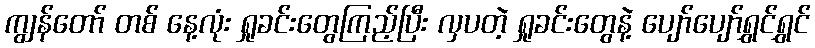
ကျွန်တော် တစ် နေ့လုံး ရှုခင်းတွေကြည့်ပြီး လှပတဲ့ ရှုခင်းတွေနဲ့ ပျော်ပျော်ရွှင်ရွှင်